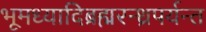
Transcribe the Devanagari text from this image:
भूमध्यादिब्रह्मरन्ध्रपर्यन्त